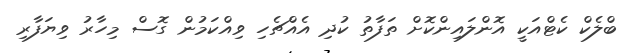
ބްލެކް ކެޓްއަކީ އޮންލައިންކޮށް ތަފާތު ކުދި އެއްޗެހި ވިއްކަމުން ގޮސް މިހާރު ވިޔަފާރި